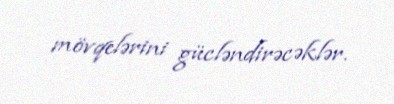
mövqelərini gücləndirəcəklər.